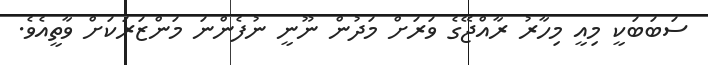
ސަބަބަކީ މިއީ މިހާރު ރާއްޖޭގެ ވަރަށް މަދުން ނޫނީ ނުފެންނަ މަންޒަރަކަށް ވާތީއެވެ.